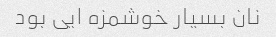
نان بسیار خوشمزه ایی بود